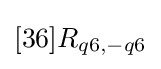
[36]R_{q6,-q6}